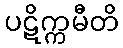
ပဋိက္ကမီတိ